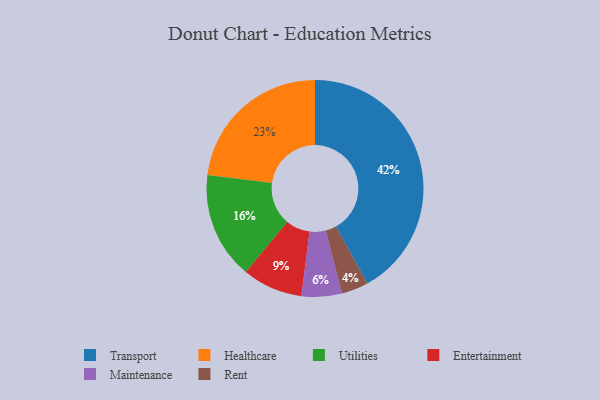
{"axis": {"x": "Category", "y": "Percentage"}, "legend": ["Entertainment", "Healthcare", "Maintenance", "Rent", "Transport", "Utilities"], "data": [{"x": "Rent", "y": 4, "type": "Rent"}, {"x": "Maintenance", "y": 6, "type": "Maintenance"}, {"x": "Utilities", "y": 16, "type": "Utilities"}, {"x": "Healthcare", "y": 23, "type": "Healthcare"}, {"x": "Transport", "y": 42, "type": "Transport"}, {"x": "Entertainment", "y": 9, "type": "Entertainment"}]}